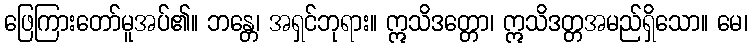
ဖြေကြားတော်မူအပ်၏။ ဘန္တေ၊ အရှင်ဘုရား။ ဣသိဒတ္တော၊ ဣသိဒတ္တအမည်ရှိသော။ မေ၊